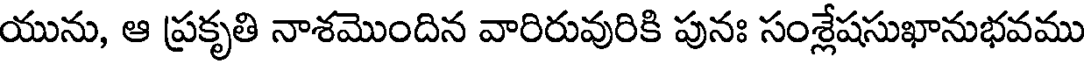
యును, ఆ ప్రకృతి నాశమొందిన వారిరువురికి పునః సంశ్లేషసుఖానుభవము